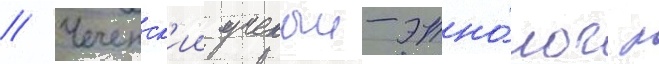
// Чеченск'ии ученыи-этно́лог л